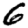
Digit: 6